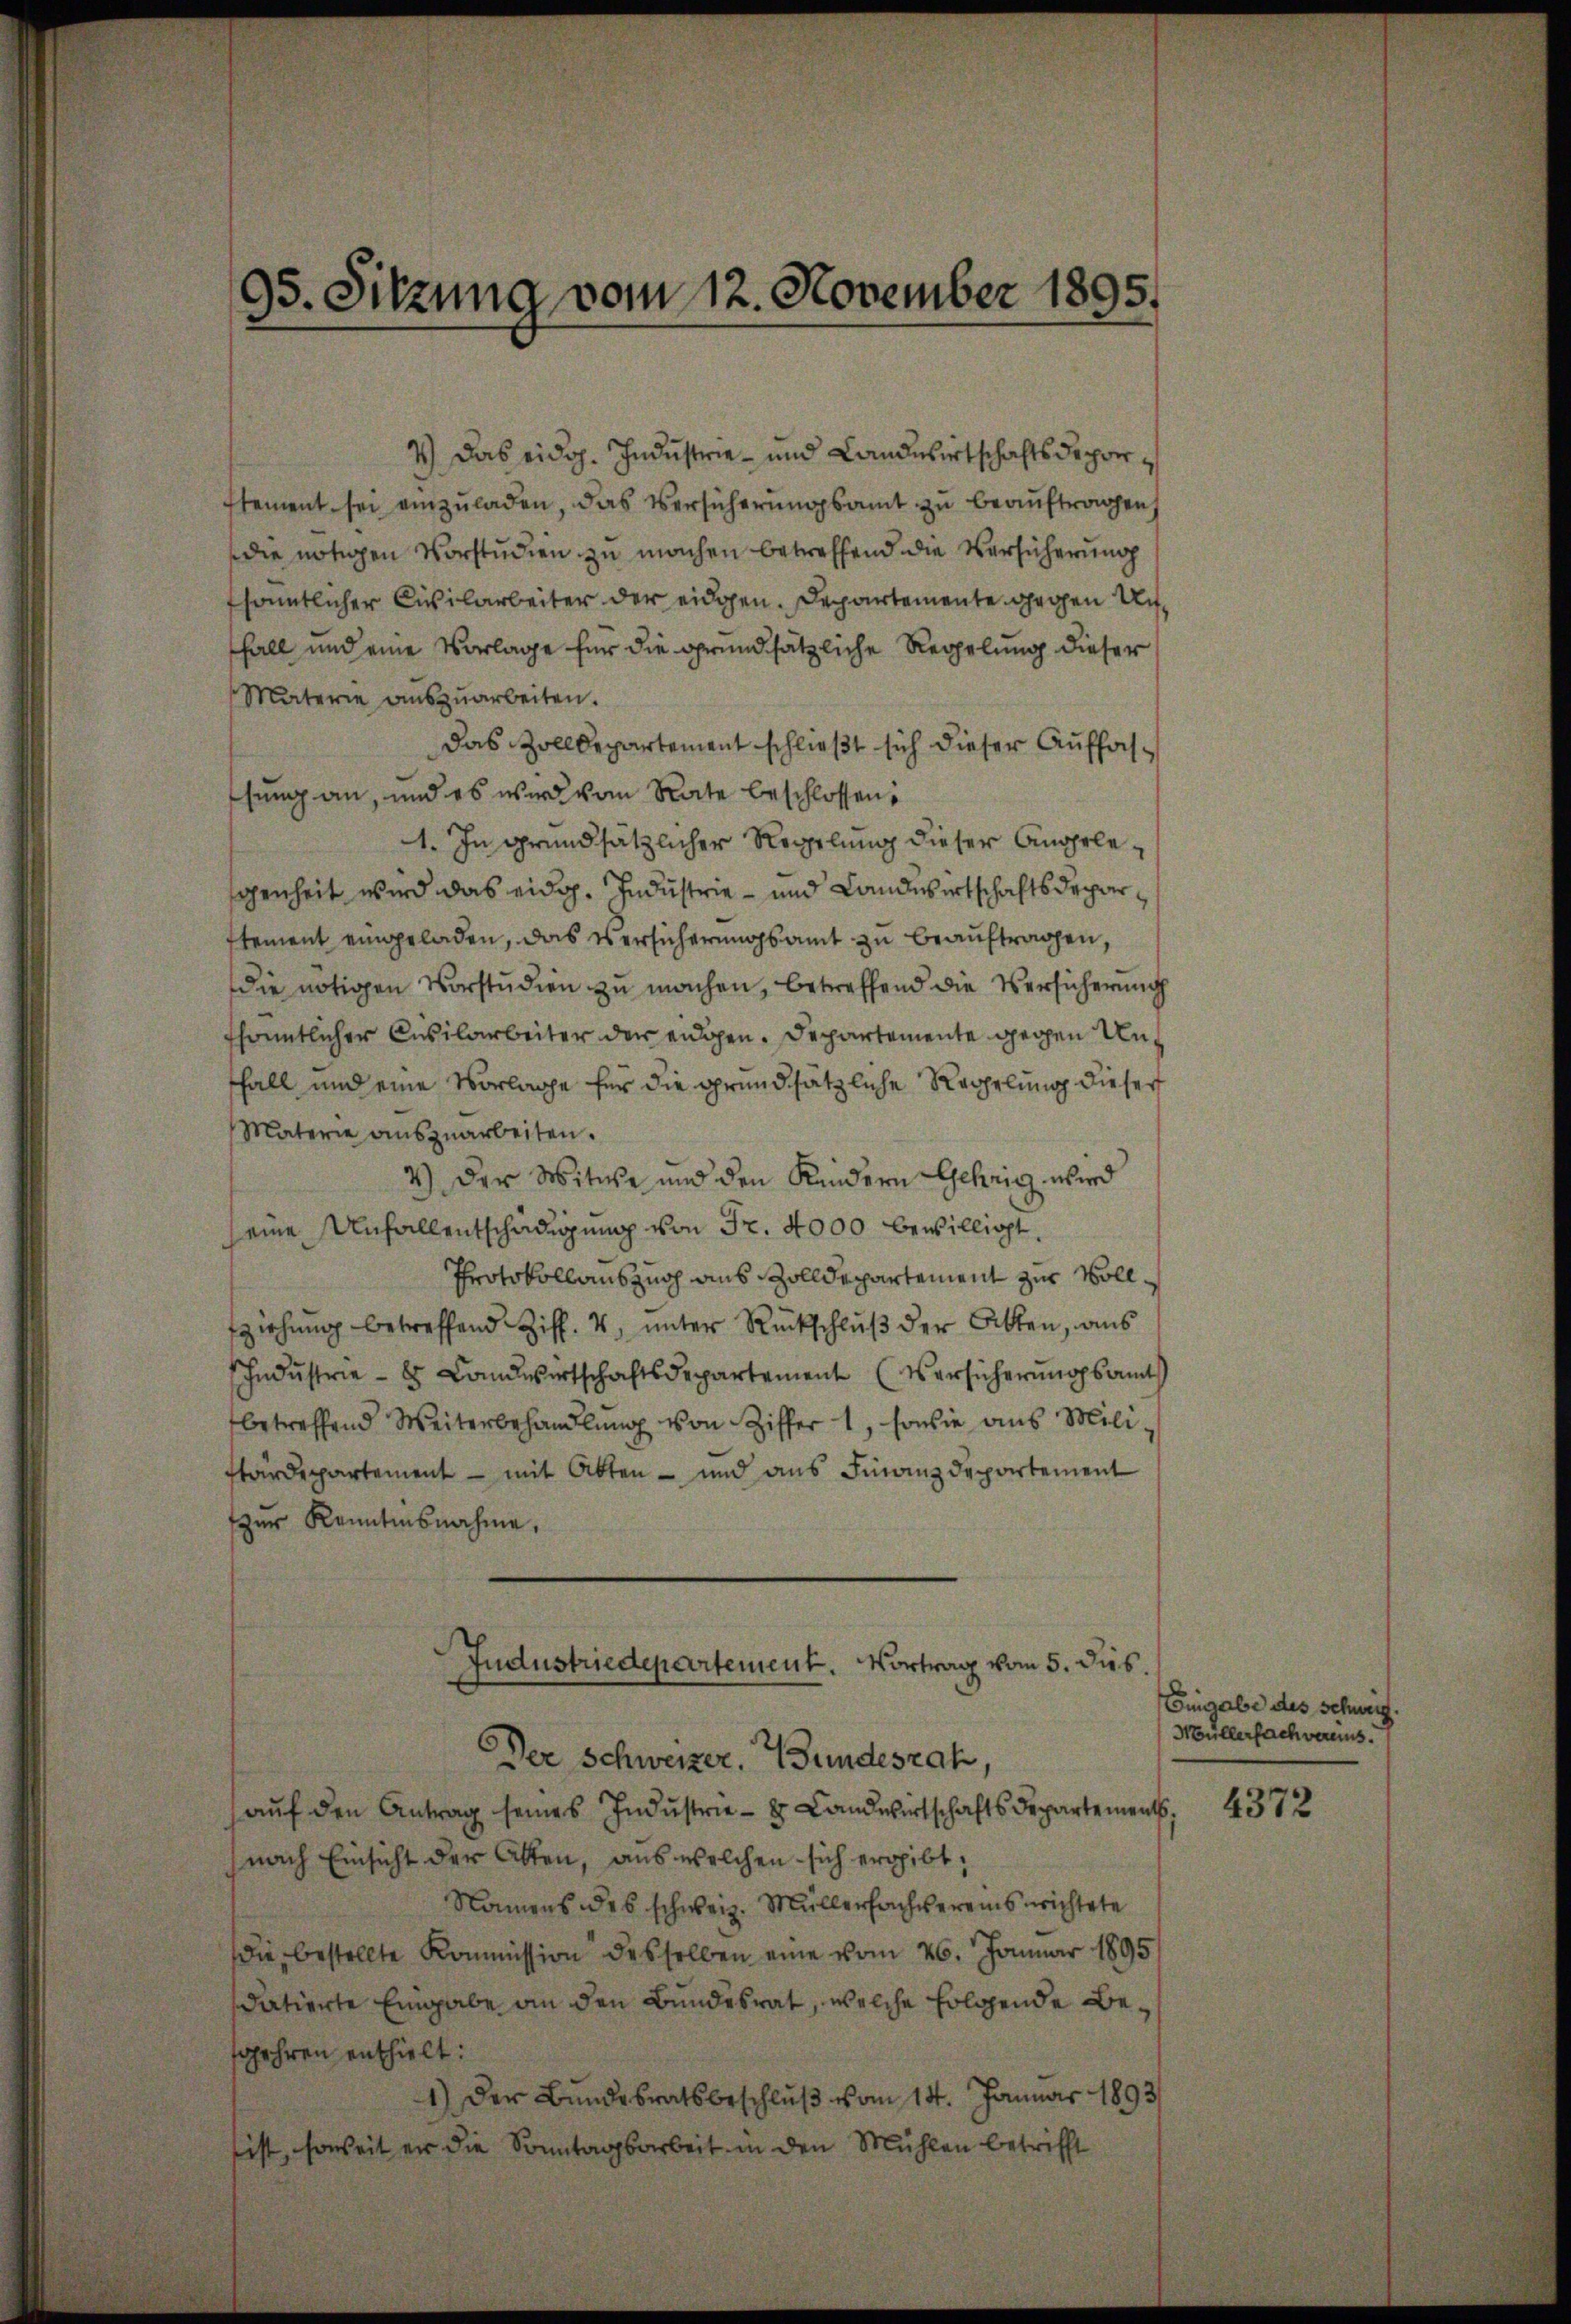
95. Sitzung vom 12. November 1895.

4.) Das eidg. Industrie - und Landwirtschaftsdeporstement sei einzuladen, das Versicherungsamt zu beauftragen,
die nötigen Vorstudien zu machen betreffend die Versicherung
sanntlicher Civilarbeiter der eidgen. Departemente gegen Un¬
Fall und eine Vorlage für die grundsätzliche Regelung dieser
Materie aŭszŭarbeiten.
das Zolldepartement schließt sich dieser Auffasffung an, und es wird vom Rate beschlossen,
1. In grundsätzlicher Regelung dieser Angelegenheit wird das eidg. Industrie - und Landwirtschaftsdeparstement eingeladen, das Versicherungsamt zu beauftragen,
die nötigen Vorstudien zu machen, betreffend die Versicherung
fhaemtlicher Civilarbeiter der eidgen. Departemente gegen Unffall und eine Vorlage für die grundsätzliche Regelung dieser
Materie auszuarbeiten.
4.) Der Witwe und den Kindern Gehrig wird
seine Unfallentschädigung von Fr. 4000 bewilligt.
Protokollauszug aus Zolldepartement zur Vollfziehung betreffend Ziff. 4, unter Rückschluß der Akten, aus
hndŭstrie - 8 Landwirtschaftsdepartement (Versicherungsamts
betreffend Weiterbehandlŭng von Ziffer 1, sowie aus Miliftärdepartement - mit Abten – und aus Finanzdepartement
zur Kenntnisnahme,
Jndustriedepartement. Vortrag vom 5. dis.
Der Schweizer. Bundesrat,
aŭf den Antrag seines Indŭstrie- & Landwirtschafts Departement,
nach Einsicht der Alten, aus welchen sich ergibt,
Namens des schweiz. Müllerfachvereins nichtete
die bestellte Kommission desselben eine vom 26. Januar 1895
datierte Eingabe an den Bundesrat, welche folgende Besgehren enthielt:
1) Der Bundesratsbeschluß vom 14. Januar 1893/
ist, soweit er die Sonntagsarbeit in den Mühlen betrifft

Enigabe des schweiz.
Müllerfach vereins.

4372